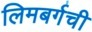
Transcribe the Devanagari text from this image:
लिमबर्गची